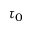
\tau _ { 0 }